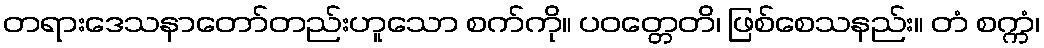
တရားဒေသနာတော်တည်းဟူသော စက်ကို။ ပဝတ္တေတိ၊ ဖြစ်စေသနည်း။ တံ စက္ကံ၊